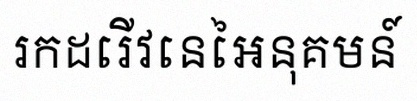
រកដេរីវេនៃអនុគមន៍